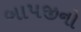
બાપજીનો